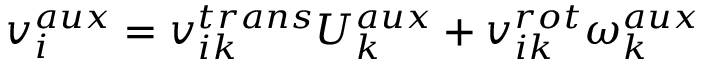
v _ { i } ^ { a u x } = v _ { i k } ^ { t r a n s } U _ { k } ^ { a u x } + v _ { i k } ^ { r o t } \omega _ { k } ^ { a u x }